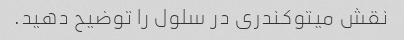
نقش میتوکندری در سلول را توضیح دهید.